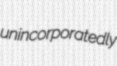
unincorporatedly